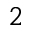
_ 2